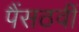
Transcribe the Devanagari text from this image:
पैंसठवीं